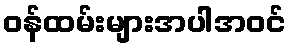
ဝန်ထမ်းများအပါအဝင်